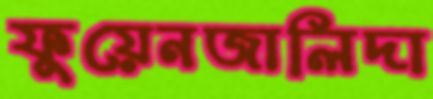
ফুয়েনজালিদা